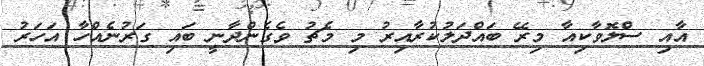
އާއި ސްލޮވާކިއާ މިރޭ ބައްދަލުކުރާއިރު މި މެޗު ވެގެންދާނީ ބައި ގަރުނެއްހާ އަހަރު